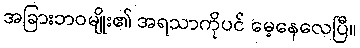
အခြားဘဝမျိုး၏ အရသာကိုပင် မေ့နေလေပြီ။